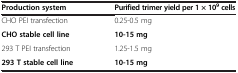
<table><thead><tr><td><b>Production system</b></td><td><b>Purified trimer yield per 1 × 10<sup>9 </sup>cells</b></td></tr></thead><tbody><tr><td>CHO PEI transfection</td><td>0.25-0.5 mg</td></tr><tr><td><b>CHO stable cell line</b></td><td><b>10-15 mg</b></td></tr><tr><td>293 T PEI transfection</td><td>1.25-1.5 mg</td></tr><tr><td><b>293 T stable cell line</b></td><td><b>10-15 mg</b></td></tr></tbody></table>